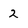
Character: 2